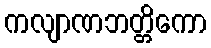
ကလျာဏဘတ္တိကော